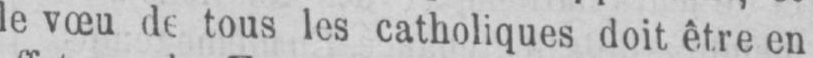
le vœu de tous les catholiques doit être en